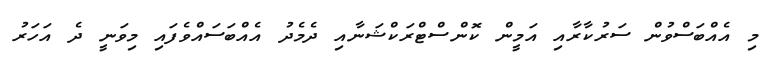
މި އެއްބަސްވުން ސަރުކާރާއި އަމީން ކޮންސްޓްރަކްޝަނާއި ދެމެދު އެއްބަސައްވެފައި މިވަނީ ދެ އަހަރު